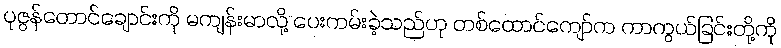
ပုဇွန်တောင်ချောင်းကို မကျန်းမာလို့ ပေးကမ်းခဲ့သည်ဟု တစ်ထောင်ကျော်က ကာကွယ်ခြင်းတို့ကို